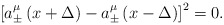
\begin{align*}\left[ a_{\pm }^\mu \left( x+\Delta \right) -a_{\pm }^\mu \left( x-\Delta\right) \right] ^2=0. \end{align*}